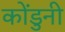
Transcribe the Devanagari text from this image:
कोंडुनी